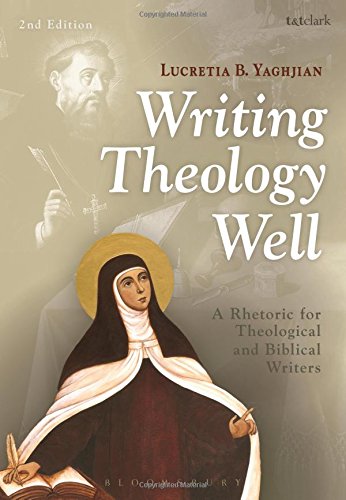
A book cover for Writing Theology Well 2nd Edition: A Rhetoric for Theological and Biblical Writers; Lucretia B. Yaghjian; Christian Books & Bibles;